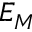
E _ { M }